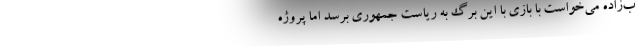
ب‌زاده می‌خواست با بازی با این برگ به ریاست جمهوری برسد اما پروژه